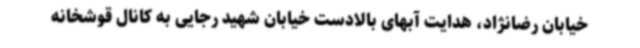
خیابان رضانژاد، هدایت آبهای بالادست خیابان شهید رجایی به کانال قوشخانه